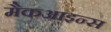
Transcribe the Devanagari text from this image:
मैकआइन्स